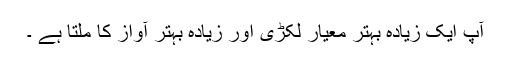
آپ ایک زیادہ بہتر معیار لکڑی اور زیادہ بہتر آواز کا ملتا ہے ۔